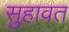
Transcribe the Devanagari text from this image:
सुहावत